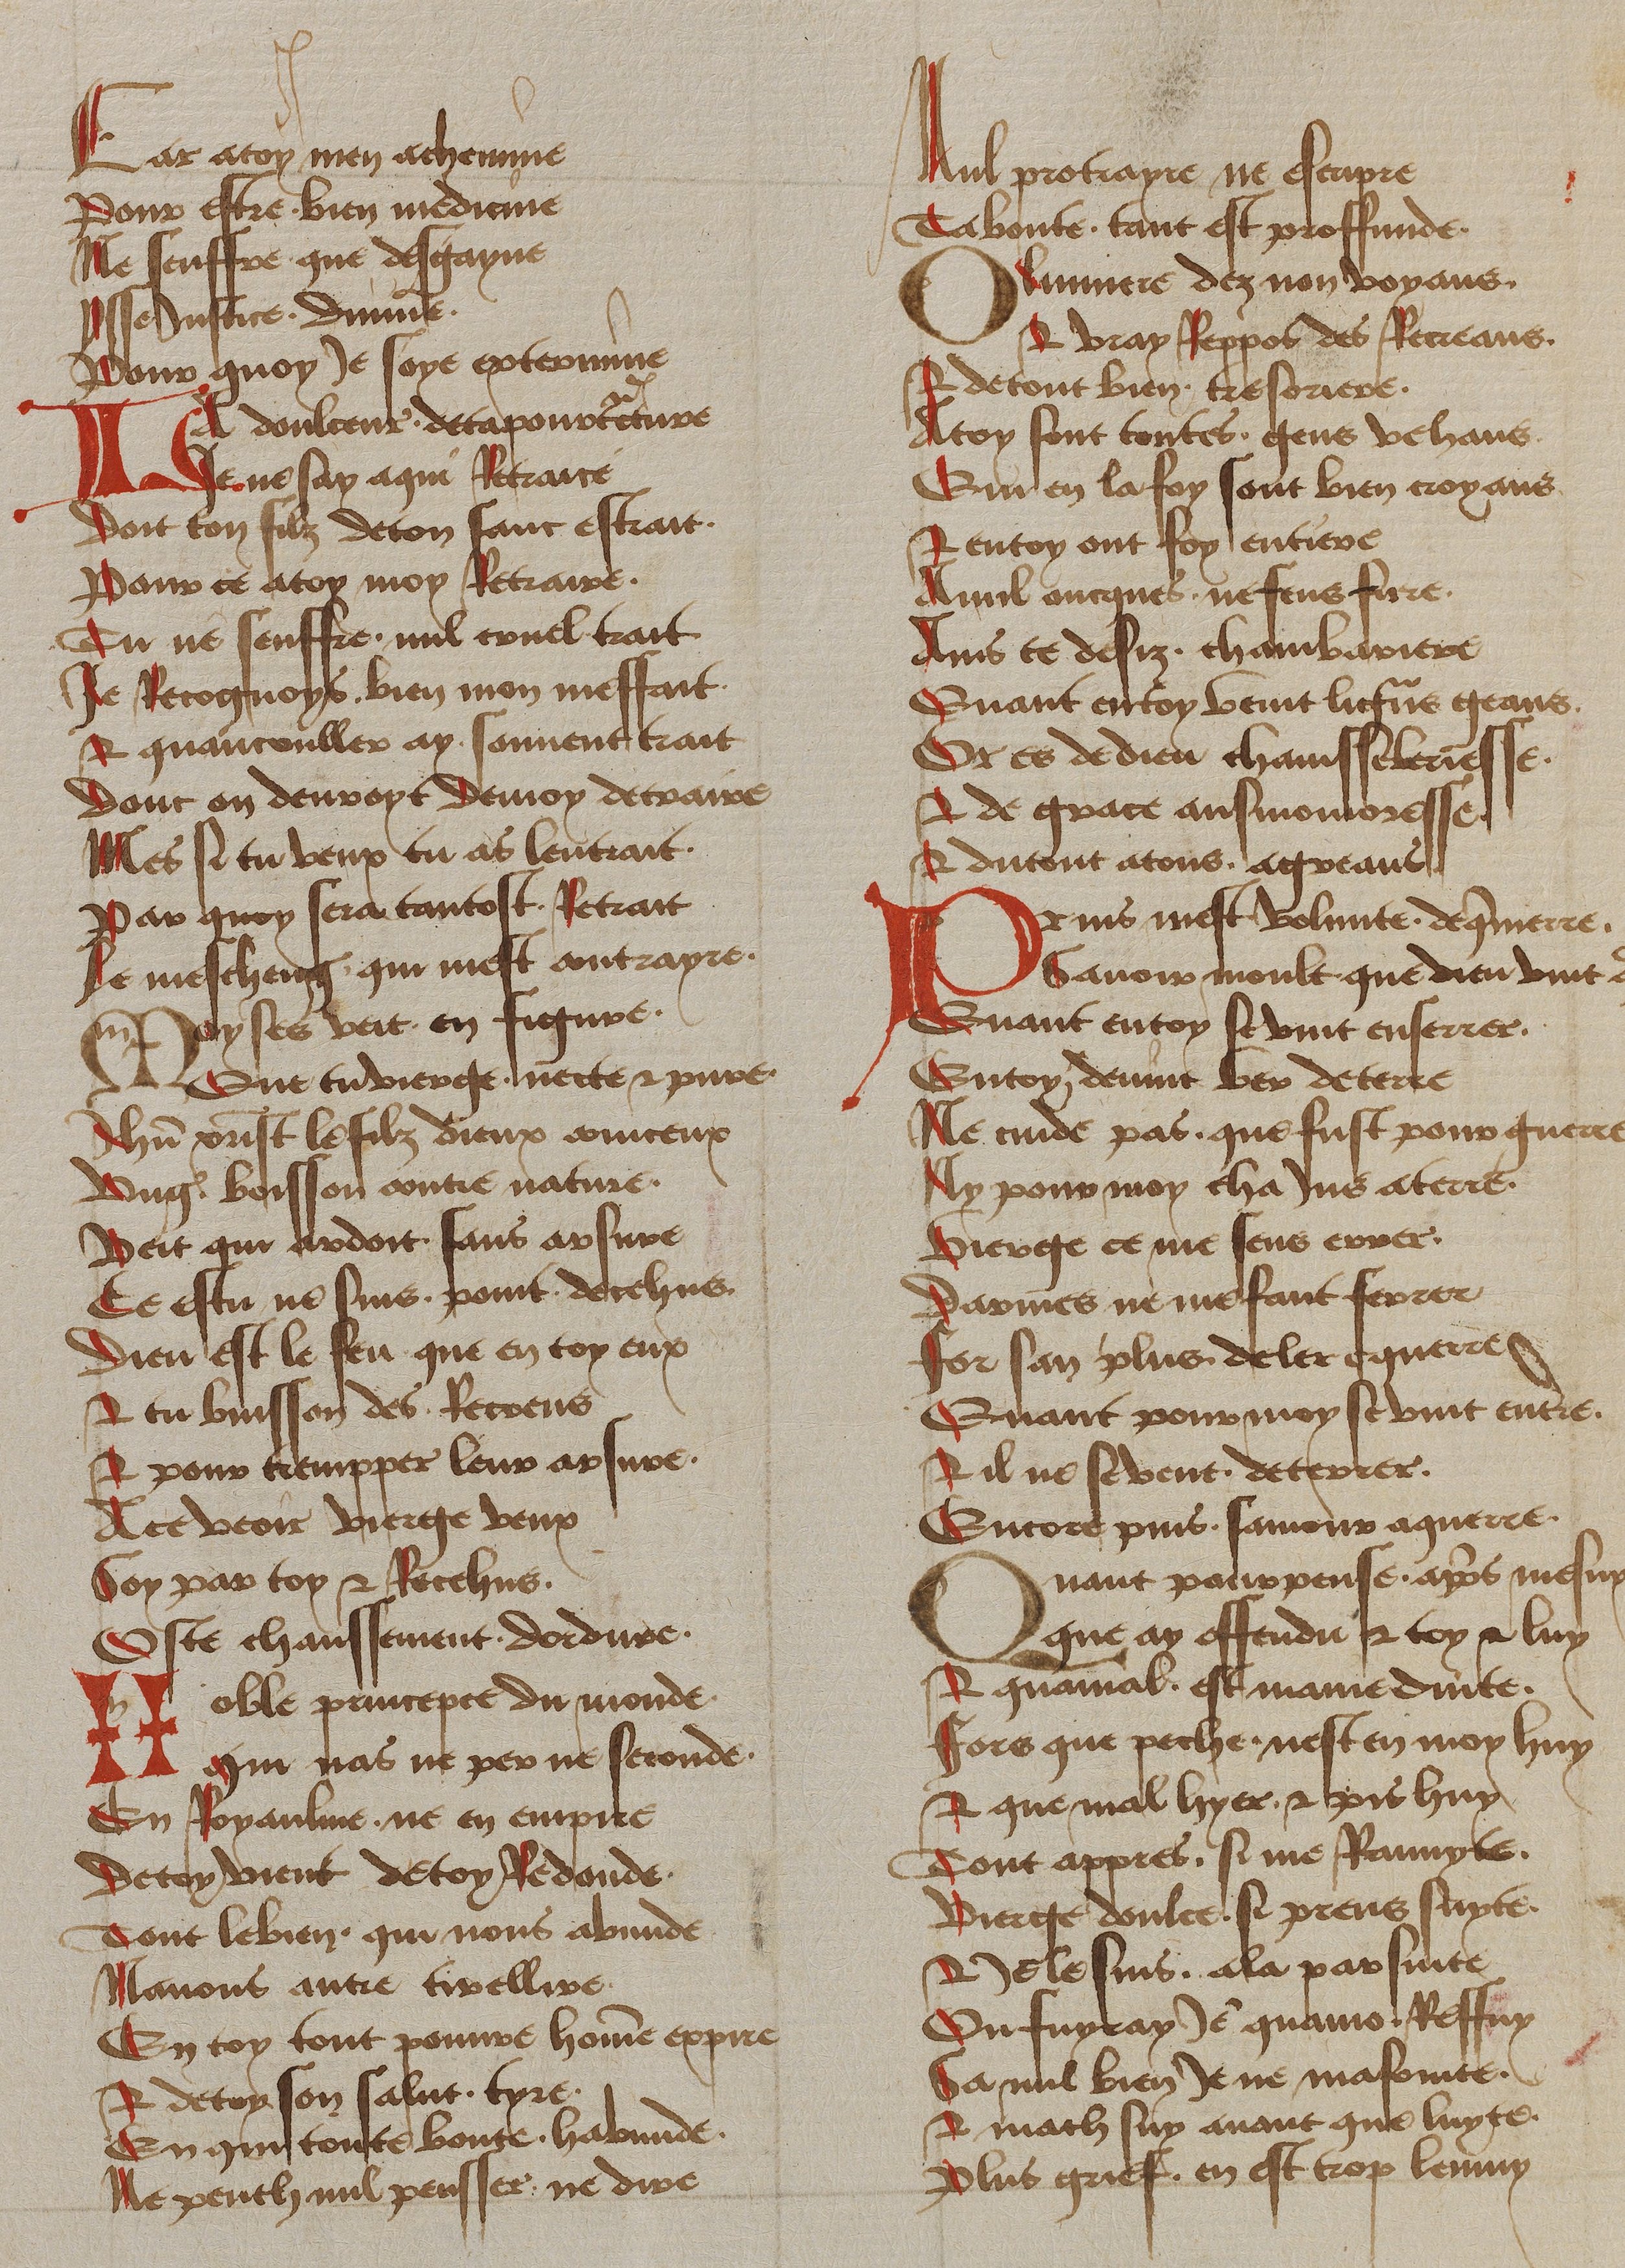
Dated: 1450–1499